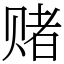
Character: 赌